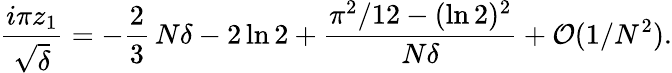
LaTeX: {\frac{i\pi z_{1}}{\sqrt{\delta}}}=-{\frac{2}{3}}\, N\delta-2\ln 2+{\frac{\pi^{2}/12-(\ln 2)^{2}}{N\delta}}+{\cal O}(1/N^{2}).